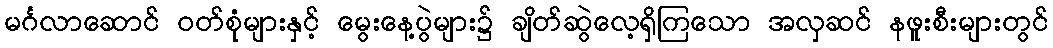
မင်္ဂလာဆောင် ဝတ်စုံများနှင့် မွေးနေ့ပွဲများ၌ ချိတ်ဆွဲလေ့ရှိကြသော အလှဆင် နဖူးစီးများတွင်